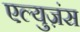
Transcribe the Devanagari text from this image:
एल्युज़ंस